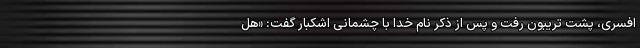
افسری، پشت تریبون رفت و پس از ذکر نام خدا با چشمانی اشکبار گفت: «هل